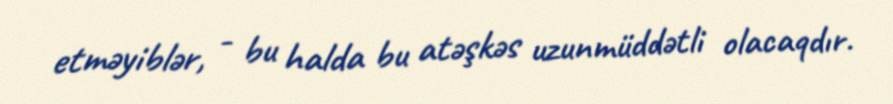
etməyiblər, - bu halda bu atəşkəs uzunmüddətli olacaqdır.